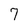
Character: 7